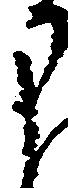
に